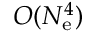
O ( N _ { \mathrm { e } } ^ { 4 } )